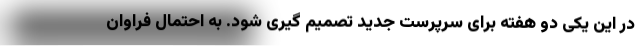
در این یکی دو هفته برای سرپرست جدید تصمیم گیری شود. به احتمال فراوان